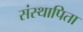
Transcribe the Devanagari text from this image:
संस्थापिता